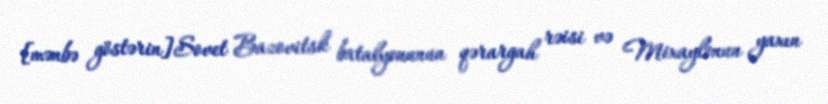
[mənbə göstərin]Sovet Bazovitsk batalyonunun qərargah rəisi və Mixaylonun yaxın